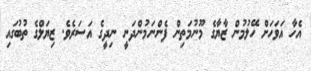
އެހާ އަވަހަށް ހޭލުމުން ޒާޔާގެ މޫނުމަތިން ފެންނަމުންދަނީ ނިދީގެ އަސަރެވެ. ޒިޔަލްގެ ތުބުގައި